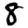
Digit: 8